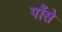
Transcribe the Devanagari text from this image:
पौंसे